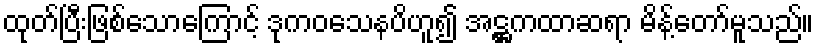
ထုတ်ပြီးဖြစ်သောကြောင့် ဒုကဝသေနပိဟူ၍ အဋ္ဌကထာဆရာ မိန့်တော်မူသည်။